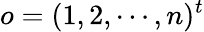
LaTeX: o=(1,2,\cdots,n)^{t}